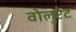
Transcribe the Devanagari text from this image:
वोलुप्टेट